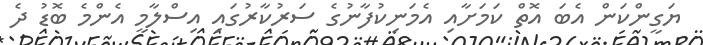
ޔަގީންކަން އެބަ އޮތް ކަމަށާއި އެމަނިކުފާނުގެ ސަރުކާރުގައި އިސްލާމީ އެންމެ ބޮޑު ދެ